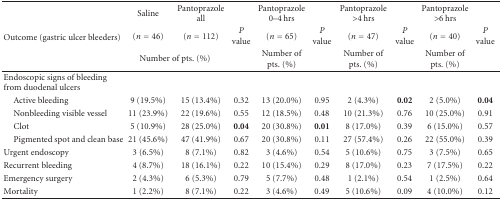
<table><thead><tr><td rowspan="3"><b>Outcome (gastric ulcer bleeders) </b></td><td><b>Saline </b></td><td><b>Pantoprazole all </b></td><td><b> </b></td><td><b>Pantoprazole 0–4 hrs </b></td><td><b> </b></td><td><b>Pantoprazole &gt;4 hrs </b></td><td><b> </b></td><td><b>Pantoprazole &gt;6 hrs </b></td><td><b> </b></td></tr><tr><td><b>(<i>n</i> = 46)</b></td><td><b>(<i>n</i> = 112)</b></td><td><b><i>P</i> value</b></td><td><b>(<i>n</i> = 65)</b></td><td><b><i>P</i> value</b></td><td><b>(<i>n</i> = 47)</b></td><td><b><i>P</i> value</b></td><td><b>(<i>n</i> = 40)</b></td><td><b><i>P</i> value</b></td></tr><tr><td colspan="2"><b>Number of pts. (%)</b></td><td><b> </b></td><td><b>Number of pts. (%)</b></td><td><b> </b></td><td><b>Number of pts. (%)</b></td><td><b> </b></td><td><b>Number of pts. (%)</b></td><td><b> </b></td></tr></thead><tbody><tr><td>Endoscopic signs of bleeding from duodenal ulcers</td><td> </td><td> </td><td> </td><td> </td><td> </td><td> </td><td> </td><td> </td><td> </td></tr><tr><td> Active bleeding</td><td>9 (19.5%)</td><td>15 (13.4%)</td><td>0.32</td><td>13 (20.0%)</td><td>0.95</td><td>2 (4.3%)</td><td><b>0.02</b></td><td>2 (5.0%)</td><td><b>0.04</b></td></tr><tr><td> Nonbleeding visible vessel</td><td>11 (23.9%)</td><td>22 (19.6%)</td><td>0.55</td><td>12 (18.5%)</td><td>0.48</td><td>10 (21.3%)</td><td>0.76</td><td>10 (25.0%)</td><td>0.91</td></tr><tr><td> Clot</td><td>5 (10.9%)</td><td>28 (25.0%)</td><td><b>0.04</b></td><td>20 (30.8%)</td><td><b>0.01</b></td><td>8 (17.0%)</td><td>0.39</td><td>6 (15.0%)</td><td>0.57</td></tr><tr><td> Pigmented spot and clean base</td><td>21 (45.6%)</td><td>47 (41.9%)</td><td>0.67</td><td>20 (30.8%)</td><td>0.11</td><td>27 (57.4%)</td><td>0.26</td><td>22 (55.0%)</td><td>0.39</td></tr><tr><td>Urgent endoscopy</td><td>3 (6.5%)</td><td>8 (7.1%)</td><td>0.82</td><td>3 (4.6%)</td><td>0.54</td><td>5 (10.6%)</td><td>0.75</td><td>3 (7.5%)</td><td>0.65</td></tr><tr><td>Recurrent bleeding</td><td>4 (8.7%)</td><td>18 (16.1%)</td><td>0.22</td><td>10 (15.4%)</td><td>0.29</td><td>8 (17.0%)</td><td>0.23</td><td>7 (17.5%)</td><td>0.22</td></tr><tr><td>Emergency surgery </td><td>2 (4.3%)</td><td>6 (5.3%)</td><td>0.79</td><td>5 (7.7%)</td><td>0.48</td><td>1 (2.1%)</td><td>0.54</td><td>1 (2.5%)</td><td>0.64</td></tr><tr><td>Mortality </td><td>1 (2.2%)</td><td>8 (7.1%)</td><td>0.22</td><td>3 (4.6%)</td><td>0.49</td><td>5 (10.6%)</td><td>0.09</td><td>4 (10.0%)</td><td>0.12</td></tr></tbody></table>